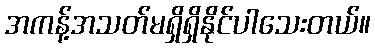
အကန့်အသတ်မရှိရှိနိုင်ပါသေးတယ်။